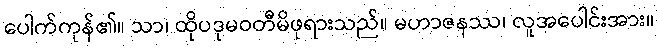
ပေါက်ကုန်၏။ သာ၊ ထိုပဒုမဝတီမိဖုရားသည်။ မဟာဇနဿ၊ လူအပေါင်းအား။